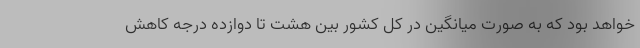
خواهد بود که به صورت میانگین در کل کشور بین هشت تا دوازده درجه کاهش